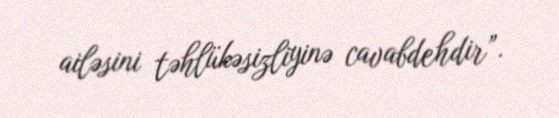
ailəsini təhlükəsizliyinə cavabdehdir”.